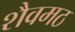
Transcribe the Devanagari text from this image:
शैवमठ